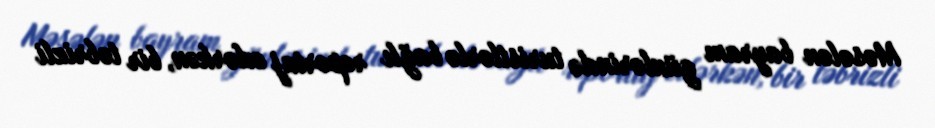
Məsələn bayram günlərində turistlərlə bağlı reportaj edərkən, bir təbrizli